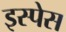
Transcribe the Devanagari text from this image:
इस्पेस